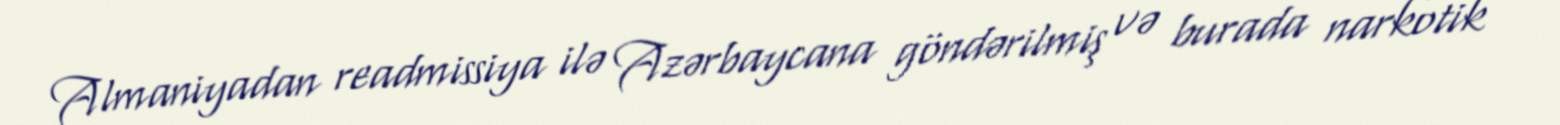
Almaniyadan readmissiya ilə Azərbaycana göndərilmiş və burada narkotik